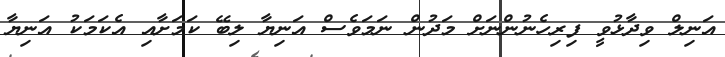
އަނިލް ވިދާޅުވީ ފިރިހެނުންނަށް މަދުން ނަމަވެސް އަނިޔާ ލިބޭ ކަމަށާއި އެކަމަކު އަނިޔާ